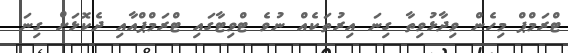
ޓްރަމްޕް މިހެން ވިދާޅުވިތާ ގިނަ އިރުތަކެއް ނުވެ ޓްވިޓާގައި ޓްރަމްޕްއާއި ދެކޮޅަށް ގިނަ